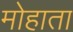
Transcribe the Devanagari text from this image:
मोहाता